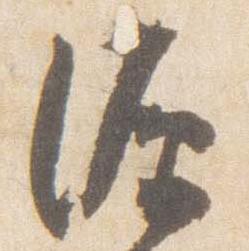
源